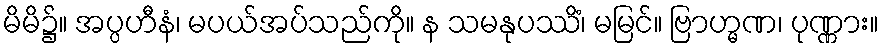
မိမိ၌။ အပ္ပဟီနံ၊ မပယ်အပ်သည်ကို။ န သမနုပဿိံ၊ မမြင်။ ဗြာဟ္မဏ၊ ပုဏ္ဏား။